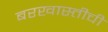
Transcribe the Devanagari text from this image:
बरखास्तीची